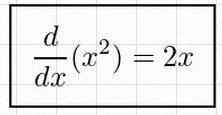
\frac{d}{dx}(x^2)=2x